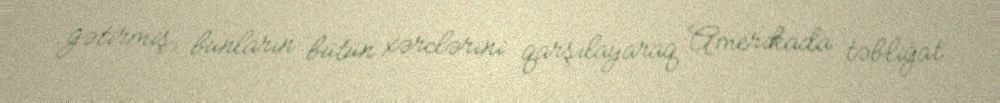
gətirmiş, bunların bütün xərclərini qarşılayaraq Amerikada təbliğat